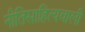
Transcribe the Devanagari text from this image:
नीतिसाहित्यवाली